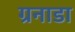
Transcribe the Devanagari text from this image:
ग्रनाडा